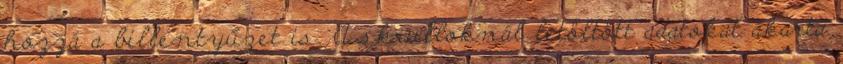
hozzá a billentyűzet is. A skrulloknál letöltött adatokat akarta